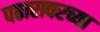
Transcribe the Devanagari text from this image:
पठारावरच्या